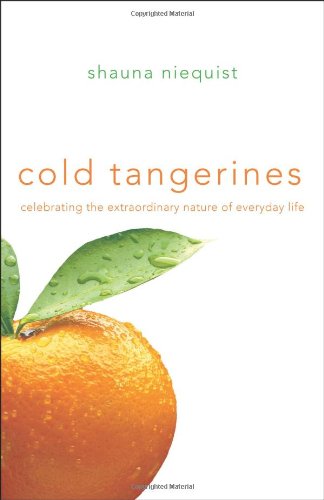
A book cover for Cold Tangerines: Celebrating the Extraordinary Nature of Everyday Life; Shauna Niequist; Biographies & Memoirs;